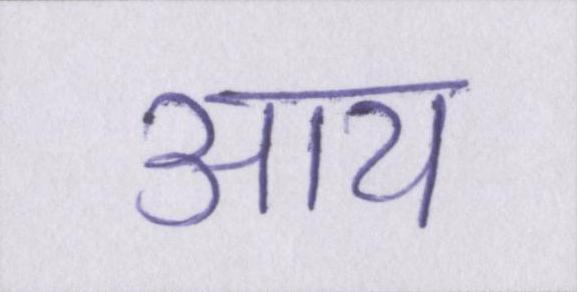
आय